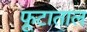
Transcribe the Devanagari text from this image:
फूटाताल